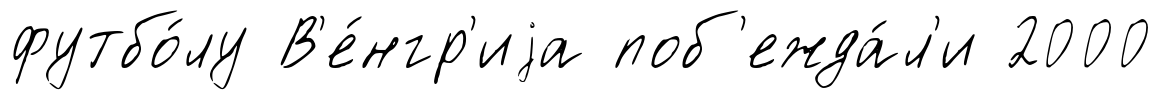
футбо́лу В'е́нгр'иjа поб'ежда́л'и 2000